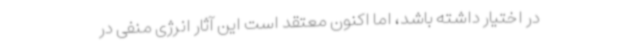
در اختیار داشته باشد، اما اکنون معتقد است این آثار انرژی منفی در